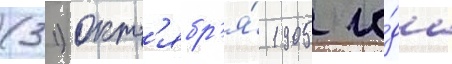
(31) окт'ябр'я́ 1905 го́да